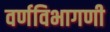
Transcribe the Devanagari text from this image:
वर्णविभागणी